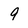
Character: 9